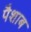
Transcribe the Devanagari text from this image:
पैशाब